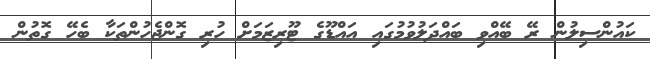
ކައުންސިލުން ރޭ ބޭއްވި ބައްދަލުވުމުގައި އައްޑޫގެ ޓޫރިޒަމަށް ހުރި ގޮންޖެހުންތަކާ ބެހޭ ގޮތުން